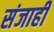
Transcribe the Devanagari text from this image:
संजाही